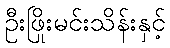
ဦးဖြိုးမင်းသိန်းနှင့်